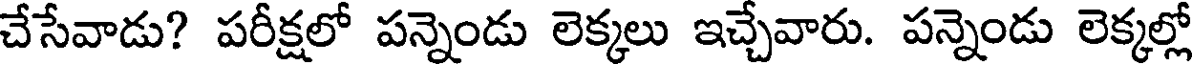
చేసేవాడు? పరీక్షలో పన్నెండు లెక్కలు ఇచ్చేవారు. పన్నెండు లెక్కల్లో